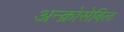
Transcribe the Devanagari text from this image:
अन्क्रोसेबिल